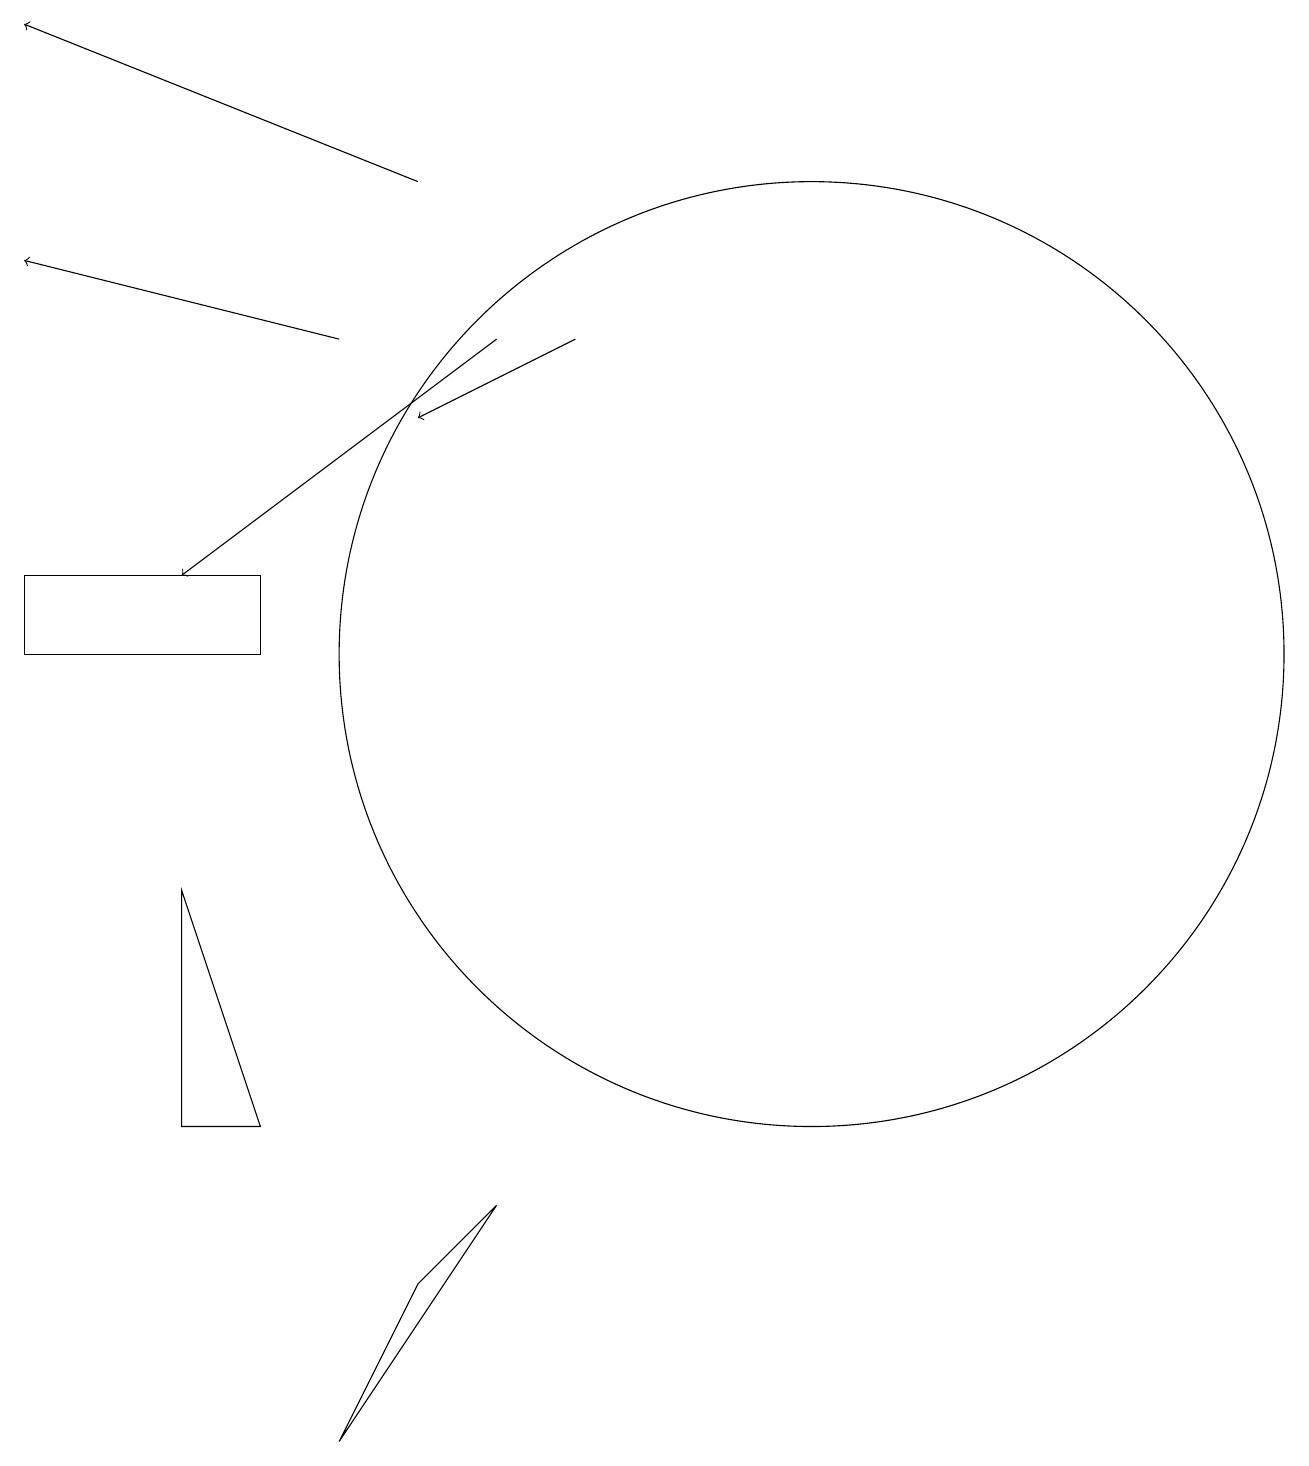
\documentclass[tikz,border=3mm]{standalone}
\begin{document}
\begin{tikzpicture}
\draw[->] (7,15) -- (3,12);
\draw (11,11) circle (6);
\draw[->] (5,15) -- (1,16);
\draw[->] (6,17) -- (1,19);
\draw[->] (8,15) -- (6,14);
\draw (4,12) rectangle (1,11);
\draw (5,1) -- (7,4) -- (6,3) -- cycle;
\draw (3,8) -- (3,5) -- (4,5) -- cycle;
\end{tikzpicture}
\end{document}